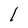
Character: l